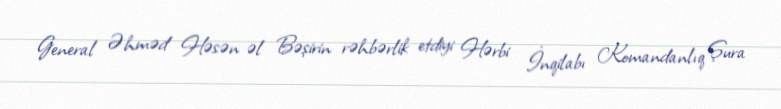
General Əhməd Həsən əl Bəşirin rəhbərlik etdiyi Hərbi İnqilabı Komandanlıq Şura